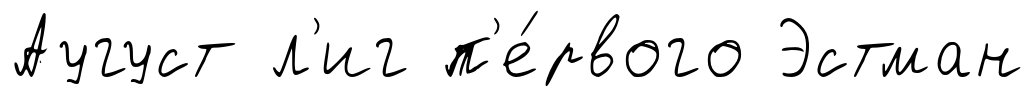
Аугуст л'иг п'е́рвого Эстман